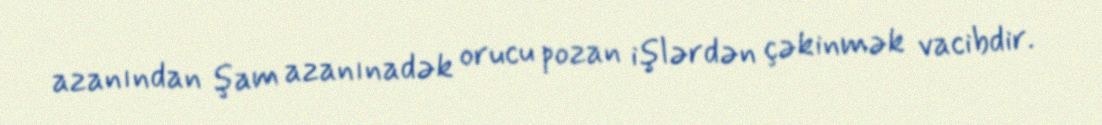
azanından şam azanınadək orucu pozan işlərdən çəkinmək vacibdir.